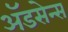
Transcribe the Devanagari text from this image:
ॲडसेन्स